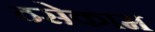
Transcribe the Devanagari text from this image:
ठसेकाम